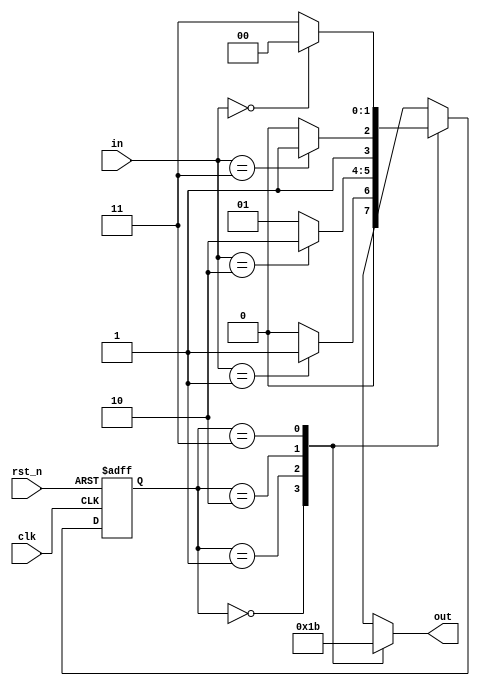
module ParameterizedStateMachine #(
    parameter NUM_STATES = 4,         // Number of states
    parameter INPUT_WIDTH = 2,         // Width of input signals
    parameter OUTPUT_WIDTH = 2          // Width of output signals
)(
    input wire clk,                     // Clock signal
    input wire rst_n,                   // Asynchronous active-low reset
    input wire [INPUT_WIDTH-1:0] in,    // Input signals
    output reg [OUTPUT_WIDTH-1:0] out   // Output signals
);

    // State encoding using localparams
    localparam [1:0] 
        STATE_0 = 2'b00,
        STATE_1 = 2'b01,
        STATE_2 = 2'b10,
        STATE_3 = 2'b11;

    // State variable
    reg [1:0] current_state, next_state;

    // State transition logic
    always @(*) begin
        case (current_state)
            STATE_0: begin
                if (in == 2'b01)
                    next_state = STATE_1;
                else
                    next_state = STATE_0;
            end
            STATE_1: begin
                if (in == 2'b10)
                    next_state = STATE_2;
                else
                    next_state = STATE_1;
            end
            STATE_2: begin
                if (in == 2'b11)
                    next_state = STATE_3;
                else
                    next_state = STATE_2;
            end
            STATE_3: begin
                if (in == 2'b00)
                    next_state = STATE_0;
                else
                    next_state = STATE_3;
            end
            default: next_state = STATE_0; // Default case for safety
        endcase
    end

    // Output logic based on current state
    always @(*) begin
        case (current_state)
            STATE_0: out = 2'b00;
            STATE_1: out = 2'b01;
            STATE_2: out = 2'b10;
            STATE_3: out = 2'b11;
            default: out = 2'b00; // Default case for safety
        endcase
    end

    // State update logic
    always @(posedge clk or negedge rst_n) begin
        if (!rst_n)
            current_state <= STATE_0; // Reset to initial state
        else
            current_state <= next_state; // Update state
    end

endmodule